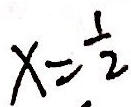
x = \frac { 1 } { 2 }